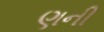
ણની